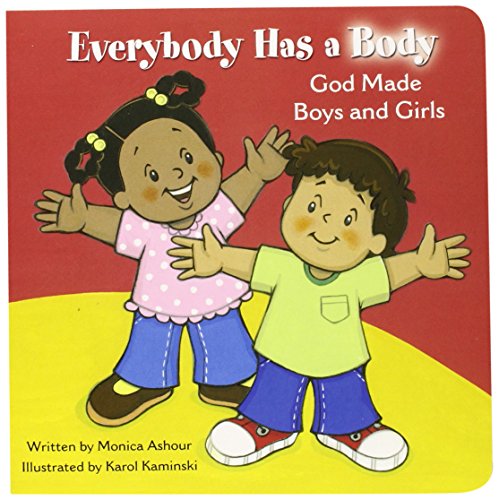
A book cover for Everybody Has a Body: God Made Boys and Girls; Monica Ashour; Christian Books & Bibles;